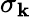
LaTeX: \sigma_{\mathbf{k}}